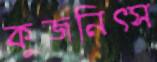
কুজনিত্স